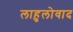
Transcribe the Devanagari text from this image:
लाहुलोवाद